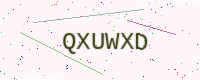
Text: QXUWXD